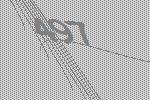
497